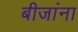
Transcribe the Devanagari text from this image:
बीजांना